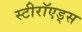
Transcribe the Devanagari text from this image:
स्टीरॉएड्स